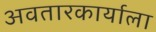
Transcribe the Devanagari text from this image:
अवतारकार्याला